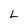
Character: L